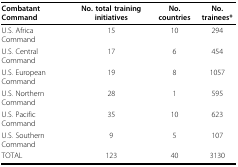
<table><thead><tr><td><b>Combatant Command</b></td><td><b>No. total training initiatives</b></td><td><b>No. countries</b></td><td><b>No. trainees*</b></td></tr></thead><tbody><tr><td>U.S. Africa Command</td><td>15</td><td>10</td><td>294</td></tr><tr><td>U.S. Central Command</td><td>17</td><td>6</td><td>454</td></tr><tr><td>U.S. European Command</td><td>19</td><td>8</td><td>1057</td></tr><tr><td>U.S. Northern Command</td><td>28</td><td>1</td><td>595</td></tr><tr><td>U.S. Pacific Command</td><td>35</td><td>10</td><td>623</td></tr><tr><td>U.S. Southern Command</td><td>9</td><td>5</td><td>107</td></tr><tr><td>TOTAL</td><td>123</td><td>40</td><td>3130</td></tr></tbody></table>